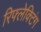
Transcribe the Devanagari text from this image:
रिफ्लेक्टिंग